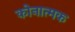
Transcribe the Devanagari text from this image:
कोनात्मक